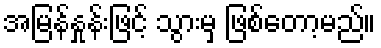
အမြန်နှုန်းဖြင့် သွားမှ ဖြစ်တော့မည်။